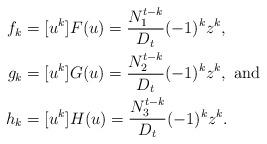
LaTeX: \begin{align*}f_k&=[ u^k] F(u)=\frac{N_1^{t-k}}{D_t}(-1)^{k}z^k,\\g_k&=[ u^k] G(u)=\frac{N_2^{t-k}}{D_t}(-1)^{k}z^k, \mbox{ and }\\h_k&=[ u^k] H(u)=\frac{N_3^{t-k}}{D_t}(-1)^{k}z^k.\end{align*}